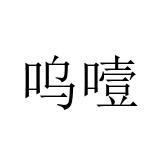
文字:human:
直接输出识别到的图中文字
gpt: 呜噎